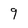
Character: 9